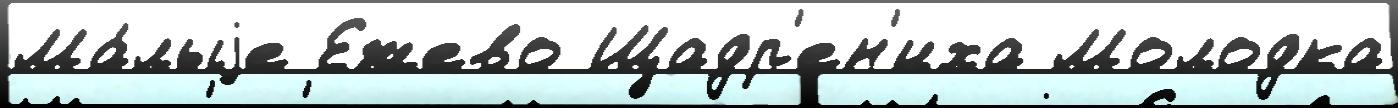
Ма́лыjе Ежево Щадр'ен'иха Молодка